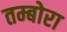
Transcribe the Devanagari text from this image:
तम्बोरा